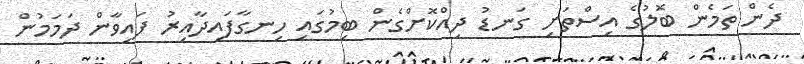
ދެން ތަމެން ބޮލުގެ އިސްތަށި ގަނޑު ދިއްކޮށްގެން ބިމުގައި ހިނގާފައިދާއިރު ފައިވާން ދަމަމުން